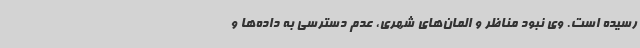
رسیده است. وی نبود مناظر و المان‌های شهری، عدم دسترسی به داده‌ها و